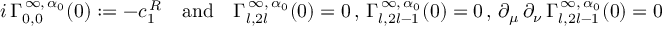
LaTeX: i \, \Gamma _ { 0 , 0 } ^ { \, \infty , \, \alpha _ { 0 } } ( 0 ) : = - c _ { 1 } ^ { \, R } \quad \mathrm { a n d } \quad \Gamma _ { l , 2 l } ^ { \, \infty , \, \alpha _ { 0 } } ( 0 ) = 0 \, , \, \Gamma _ { l , 2 l - 1 } ^ { \, \infty , \, \alpha _ { 0 } } ( 0 ) = 0 \, , \, \partial _ { \mu } \, \partial _ { \nu } \, \Gamma _ { l , 2 l - 1 } ^ { \, \infty , \, \alpha _ { 0 } } ( 0 ) = 0 \quad \mathrm { f o r } \quad l > 0 \ ,